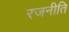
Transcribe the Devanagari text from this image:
रजनीति